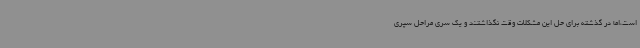
است،اما در گذشته برای حل این مشکلات وقت نگذاشتند و یک سری مراحل سپری